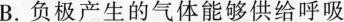
B.负极产生的气体能够供给呼吸